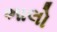
ભાલો